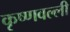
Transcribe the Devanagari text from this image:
कृष्णवल्ली